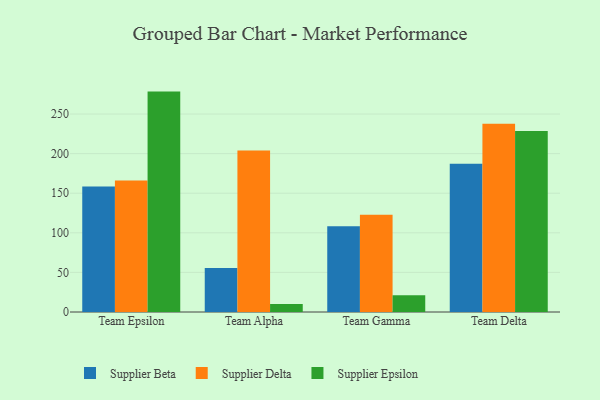
{"axis": {"x": "Team", "y": "Net Income (USD K)"}, "legend": ["Supplier Beta", "Supplier Delta", "Supplier Epsilon"], "data": [{"x": "Team Epsilon", "y": 158.5, "type": "Supplier Beta"}, {"x": "Team Epsilon", "y": 166.1, "type": "Supplier Delta"}, {"x": "Team Epsilon", "y": 278.3, "type": "Supplier Epsilon"}, {"x": "Team Alpha", "y": 55.6, "type": "Supplier Beta"}, {"x": "Team Alpha", "y": 204.0, "type": "Supplier Delta"}, {"x": "Team Alpha", "y": 10.0, "type": "Supplier Epsilon"}, {"x": "Team Gamma", "y": 108.3, "type": "Supplier Beta"}, {"x": "Team Gamma", "y": 122.7, "type": "Supplier Delta"}, {"x": "Team Gamma", "y": 21.3, "type": "Supplier Epsilon"}, {"x": "Team Delta", "y": 187.3, "type": "Supplier Beta"}, {"x": "Team Delta", "y": 237.8, "type": "Supplier Delta"}, {"x": "Team Delta", "y": 228.7, "type": "Supplier Epsilon"}]}